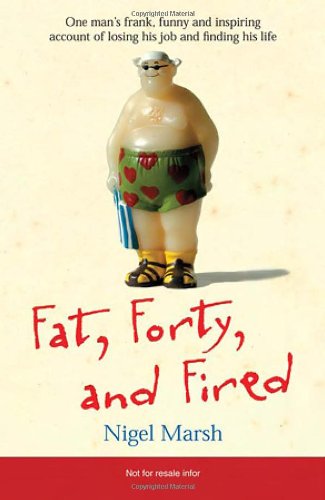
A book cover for Fat, Forty, and Fired: One Man's Frank, Funny, and Inspiring Account of Losing His Job and Finding His Life; Nigel Marsh; Biographies & Memoirs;